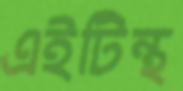
এইটিন্থ